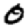
Digit: 0